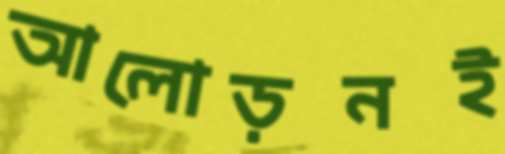
আলোড়নই